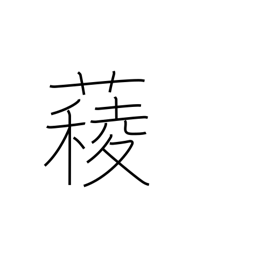
Meaning: spinach